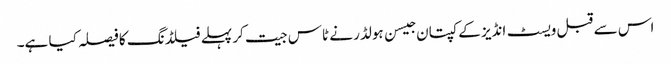
اس سے قبل ویسٹ انڈیز کے کپتان جیسن ہولڈر نے ٹاس جیت کر پہلے فیلڈنگ کا فیصلہ کیا ہے۔